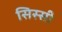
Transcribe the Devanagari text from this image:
सिस्सी